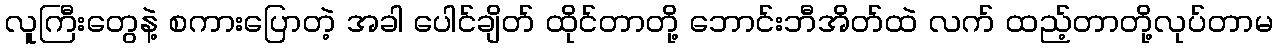
လူကြီးတွေနဲ့ စကားပြောတဲ့ အခါ ပေါင်ချိတ် ထိုင်တာတို့ ဘောင်းဘီအိတ်ထဲ လက် ထည့်တာတို့လုပ်တာမ